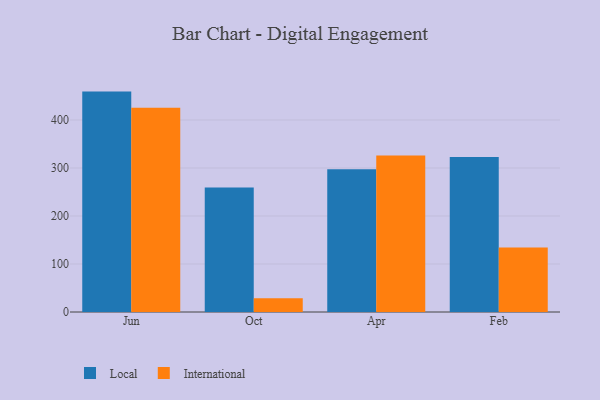
{"axis": {"x": "Month", "y": "Page Views"}, "legend": ["International", "Local"], "data": [{"x": "Jun", "y": 459.2, "type": "Local"}, {"x": "Jun", "y": 425.5, "type": "International"}, {"x": "Oct", "y": 259.6, "type": "Local"}, {"x": "Oct", "y": 28.8, "type": "International"}, {"x": "Apr", "y": 297.3, "type": "Local"}, {"x": "Apr", "y": 326.2, "type": "International"}, {"x": "Feb", "y": 323.2, "type": "Local"}, {"x": "Feb", "y": 134.5, "type": "International"}]}